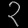
Digit: ၃